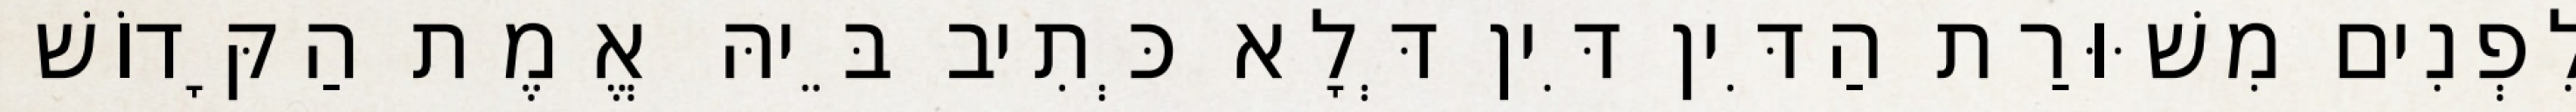
לִפְנִים מִשּׁוּרַת הַדִּין דִּין דְּלָא כְּתִיב בֵּיהּ אֱמֶת הַקָּדוֹשׁ